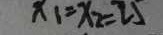
x _ { 1 } = x _ { 2 } = 2 5